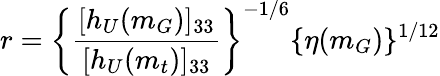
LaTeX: r=\left\{ \frac{[h_{U}(m_{G})]_{33}}{[h_{U}(m_{t})]_{33}}\right\} ^{-1/6}\{ \eta(m_{G})\} ^{1/12}